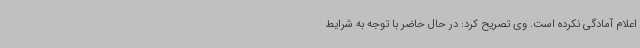
اعلام آمادگی نکرده است. وی تصریح کرد: در حال حاضر با توجه به شرایط